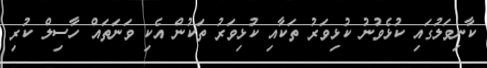
ކާނިވަލުގައި ކުޅެވުނު ކުޅިވަރު ތަކާއި ކުޅިވަރު ތަކުން އެކި ވަނަތައް ހާސިލް ކުރި